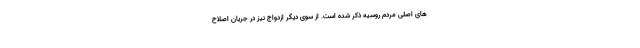
های اصلی مردم روسیه ذکر شده است. از سوی دیگر ازدواج نیز در جریان اصلاح